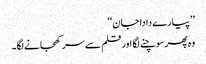
’’پیارے دادا جان‘‘
وہ پھر سوچنے لگا اور قلم سے سر کھجانے لگا۔